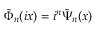
\tilde { \Phi } _ { n } ( i x ) = i ^ { n } \tilde { \Psi } _ { n } ( x )